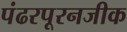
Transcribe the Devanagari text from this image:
पंढरपूरनजीक